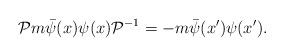
LaTeX: \begin{align*}{\cal{P}} m \bar \psi (x) \psi (x) {\cal{P}}^{-1} = - m \bar \psi (x') \psi(x') .\end{align*}